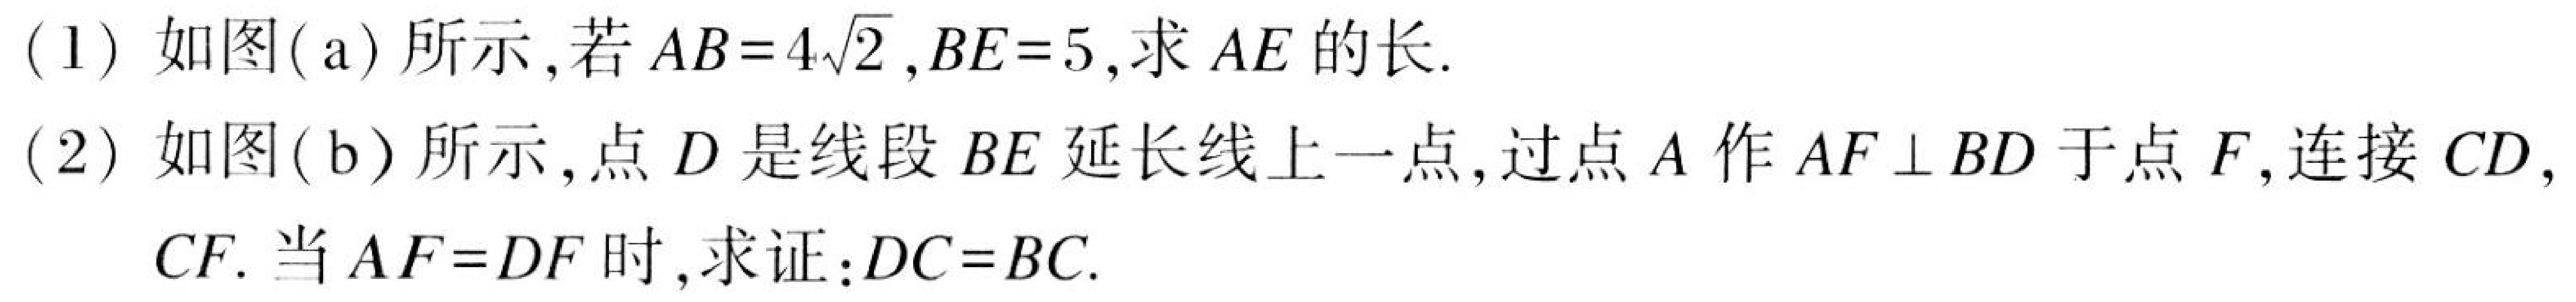
(1) 如图(a) 所示，若 \(AB = 4\sqrt{2}\)，\(BE = 5\)，求 \(AE\) 的长.
(2) 如图(b) 所示，点 \(D\) 是线段 \(BE\) 延长线上一点，过点 \(A\) 作 \(AF\perp BD\) 于点 \(F\)，连接 \(CD\)，
\(CF\). 当 \(AF = DF\) 时，求证：\(DC = BC\).